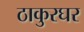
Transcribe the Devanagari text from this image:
ठाकुरघर